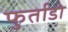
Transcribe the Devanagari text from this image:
फुर्ताडो